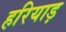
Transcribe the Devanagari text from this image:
हरियाड़